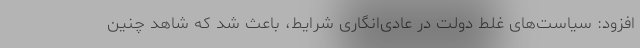
افزود: سیاست‌های غلط دولت در عادی‌انگاری شرایط، باعث شد که شاهد چنین